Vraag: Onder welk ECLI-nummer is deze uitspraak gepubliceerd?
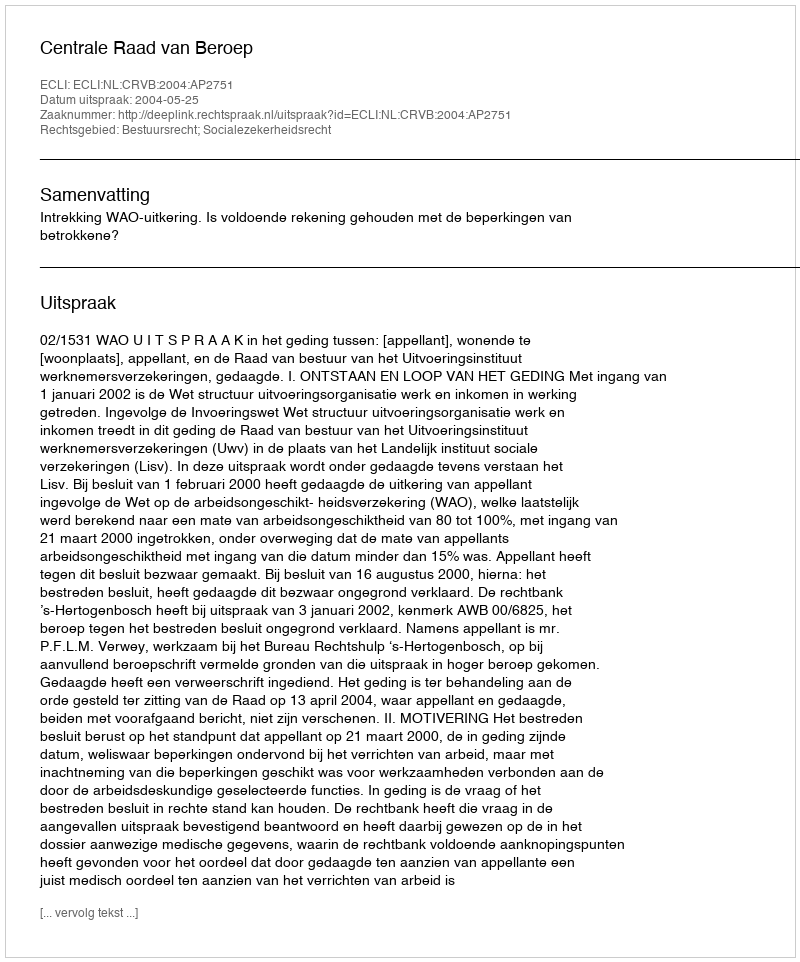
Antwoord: ECLI:NL:CRVB:2004:AP2751